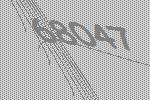
68047